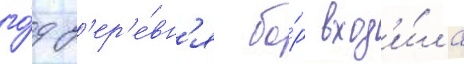
го́д д'ер'е́вн'я бо́р вход'и́ла